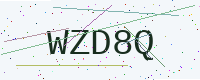
Text: WZD8Q